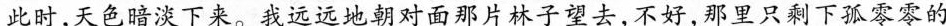
此时，天色暗淡下来。我远远地朝对面那片林子望去，不好，那里只剩下孤零零的